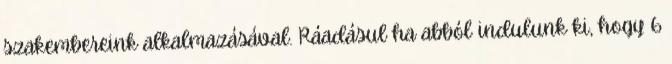
szakembereink alkalmazásával. Ráadásul ha abból indulunk ki, hogy 6